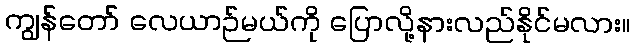
ကျွန်တော် လေယာဉ်မယ်ကို ပြောလို့နားလည်နိုင်မလား။